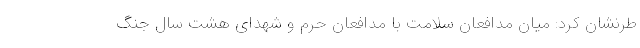
طرنشان کرد: میان مدافعان سلامت با مدافعان حرم و شهدای هشت سال جنگ